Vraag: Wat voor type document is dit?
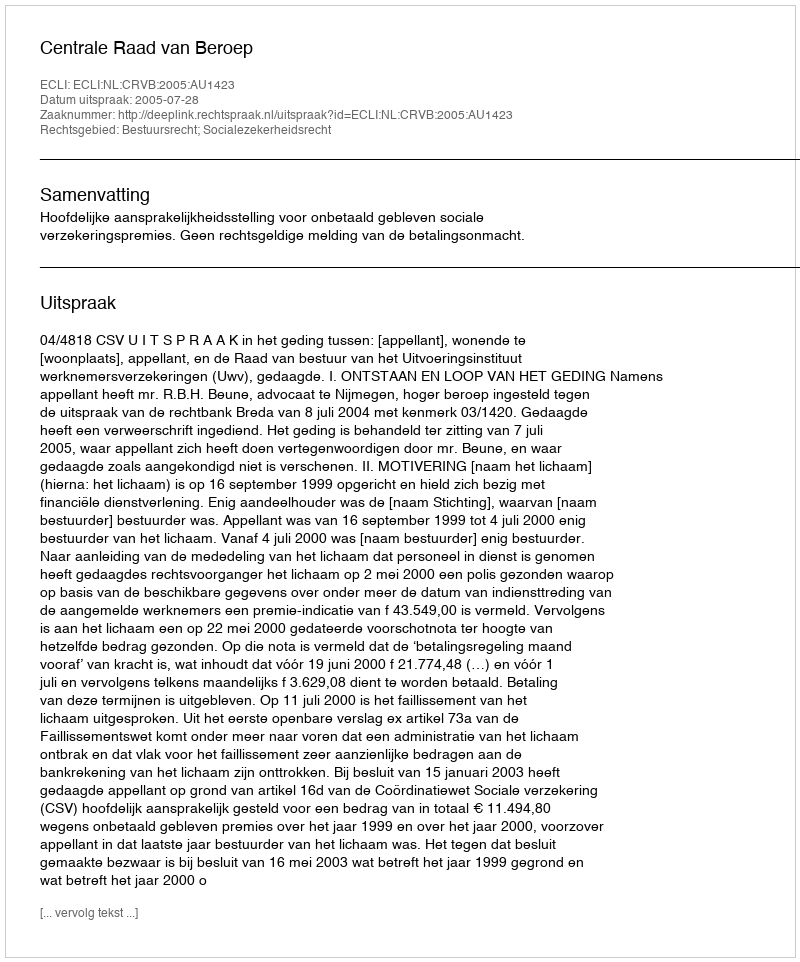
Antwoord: Uitspraak